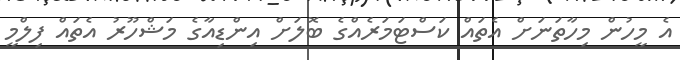
އެ މީހުން މިހާތަނަށް އެތައް ކަސްޓަމަރެއްގެ ބޮލަށް އިންޑިއާގެ މަޝްހޫރު އެތައް ފިލްމީ